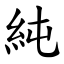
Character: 純